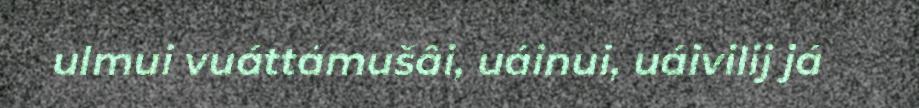
ulmui vuáttámušâi, uáinui, uáivilij já